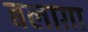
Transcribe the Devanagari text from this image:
बलाग़ा